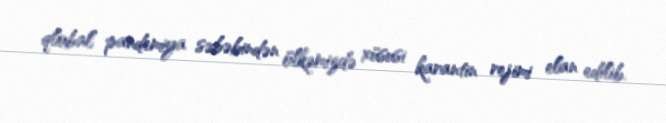
qlobal pandemiya səbəbindən ölkəmizdə xüsusi karantin rejimi elan edilib.